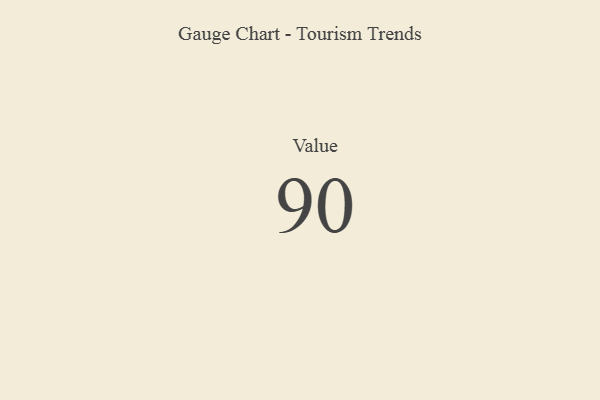
{"axis": {"x": "Metric", "y": "Value"}, "legend": [""], "data": [{"x": "Value", "y": 90, "type": ""}]}